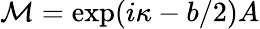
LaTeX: {\cal M}=\exp(i\kappa-b/2)A